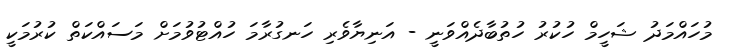
މުހައްމަދު ޝަހީމް ހުކުރު ހުތުބާދެއްވަނީ - އަނިޔާވެރި ހަނގުރާމަ ހުއްޓުވުމަށް މަސައްކަތް ކުރުމަކީ